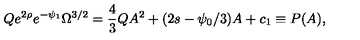
Q e ^ { 2 \rho } e ^ { - \psi _ { 1 } } \Omega ^ { 3 / 2 } = \frac { 4 } { 3 } Q A ^ { 2 } + ( 2 s - \psi _ { 0 } / 3 ) A + c _ { 1 } \equiv P ( A ) ,